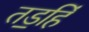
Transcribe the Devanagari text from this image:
तड॒हिं